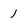
Character: 1